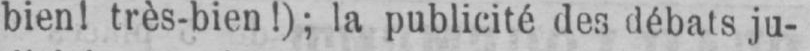
bien! très-bien!); la publicité des débats ju-